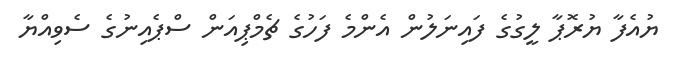
ޔުއެފާ ޔުރޮޕާ ލީގުގެ ފައިނަލުން އެންމެ ފަހުގެ ޗެމްޕިއަން ސްޕެއިނުގެ ސެވިއްޔާ